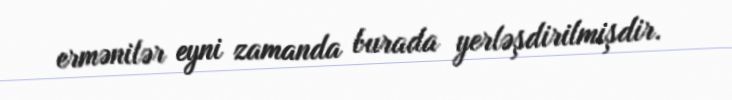
ermənilər eyni zamanda burada yerləşdirilmişdir.